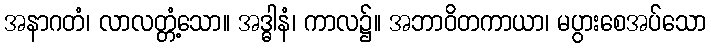
အနာဂတံ၊ လာလတ္တံ့သော။ အဒ္ဓါနံ၊ ကာလ၌။ အဘာဝိတကာယာ၊ မပွားစေအပ်သော